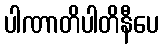
ပါဏာတိပါတိနီပေ